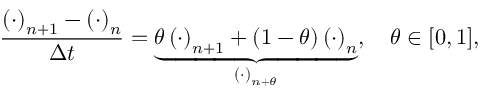
\frac { \left( \cdot \right) _ { n + 1 } - \left( \cdot \right) _ { n } } { \Delta t } = \underbrace { \theta \left( \cdot \right) _ { n + 1 } + \left( 1 - \theta \right) \left( \cdot \right) _ { n } } _ { \left( \cdot \right) _ { n + \theta } } , \quad \theta \in [ 0 , 1 ] ,